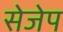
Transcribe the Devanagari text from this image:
सेजेप